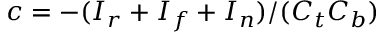
c = - ( I _ { r } + I _ { f } + I _ { n } ) / ( C _ { t } C _ { b } )